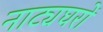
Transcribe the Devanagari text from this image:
नाट्यघरों